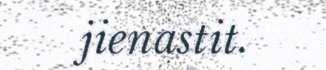
jienastit.